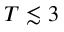
T \lesssim 3